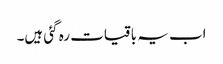
اب یہ باقیات رہ گئی ہیں۔